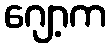
ဂျော့က